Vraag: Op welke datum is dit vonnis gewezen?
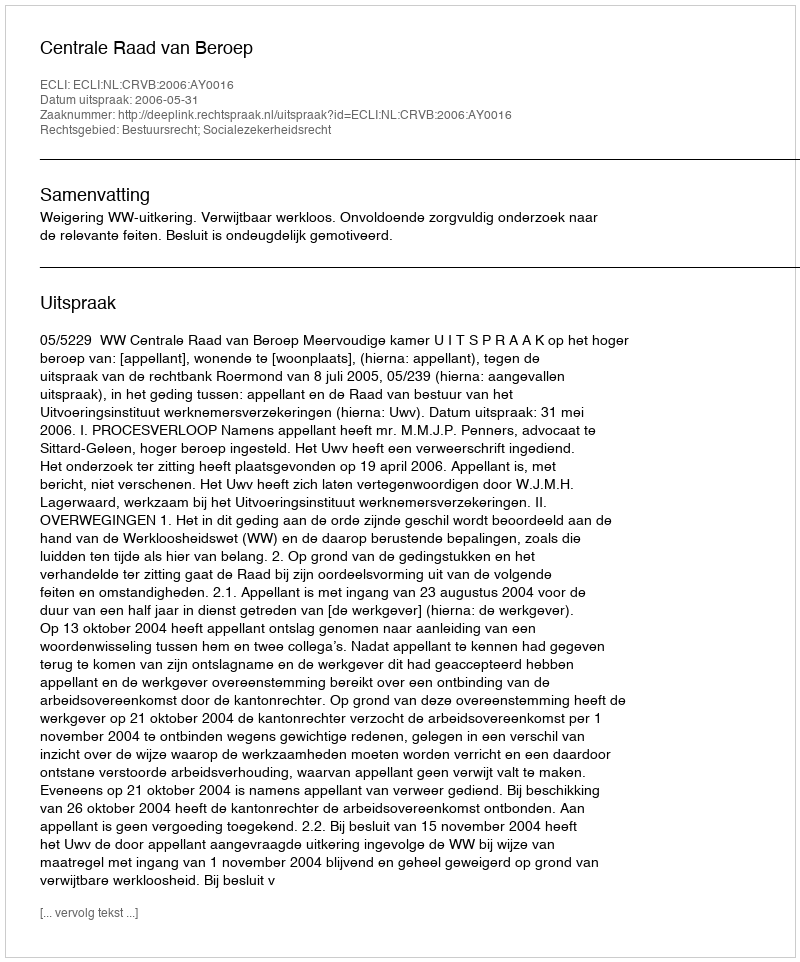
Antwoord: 2006-05-31